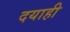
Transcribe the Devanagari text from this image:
दयाही